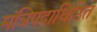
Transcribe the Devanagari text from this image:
मंत्रिपदाधिष्ठित